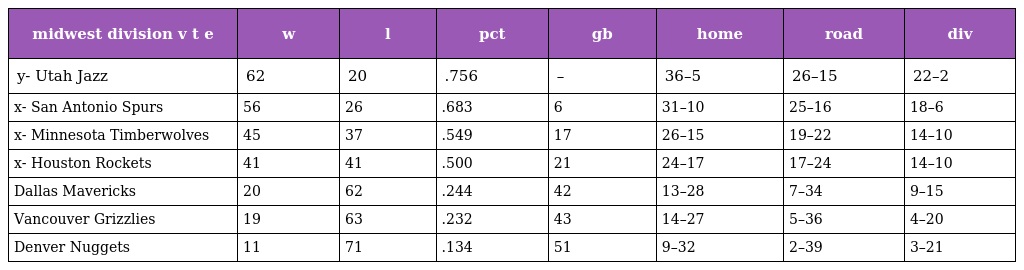
| midwest division v t e | w | l | pct | gb | home | road | div |
 | --- | --- | --- | --- | --- | --- | --- | --- |
 | y- Utah Jazz | 62 | 20 | .756 | – | 36–5 | 26–15 | 22–2 |
 | x- San Antonio Spurs | 56 | 26 | .683 | 6 | 31–10 | 25–16 | 18–6 |
 | x- Minnesota Timberwolves | 45 | 37 | .549 | 17 | 26–15 | 19–22 | 14–10 |
 | x- Houston Rockets | 41 | 41 | .500 | 21 | 24–17 | 17–24 | 14–10 |
 | Dallas Mavericks | 20 | 62 | .244 | 42 | 13–28 | 7–34 | 9–15 |
 | Vancouver Grizzlies | 19 | 63 | .232 | 43 | 14–27 | 5–36 | 4–20 |
 | Denver Nuggets | 11 | 71 | .134 | 51 | 9–32 | 2–39 | 3–21 |